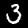
Label: 3